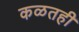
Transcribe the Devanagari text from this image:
कळतही